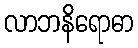
လာဘနိရောဓာ